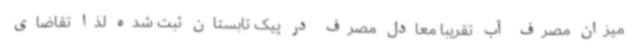
میزان مصرف آب تقریبا معادل مصرف در پیک تابستان ثبت شده لذا تقاضای